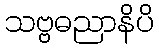
သဗ္ဗဓညာနိပိ